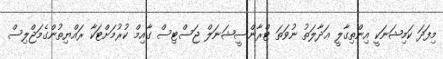
މިފަދަ ކަމިޝަނަކީ އިންތިގާލީ ޢަދާލަތު ނުވަތަ ޓްރާންސީޝަނަލް ޖަސްޓިސް ގާއިމް ކުރުމަށްޓަކާ ރައްޔިތުންގެމަޖްލިސް